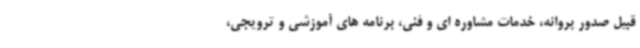
قبیل صدور پروانه، خدمات مشاوره ای و فنی، برنامه های آموزشی و ترویجی،